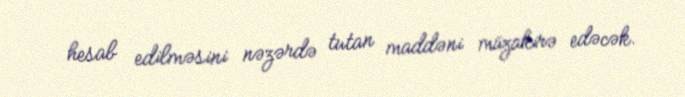
hesab edilməsini nəzərdə tutan maddəni müzakirə edəcək.